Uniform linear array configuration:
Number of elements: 32
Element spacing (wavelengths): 1
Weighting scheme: exponential
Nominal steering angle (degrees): -45
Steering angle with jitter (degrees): -43.82
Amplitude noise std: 0.05
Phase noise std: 0.05

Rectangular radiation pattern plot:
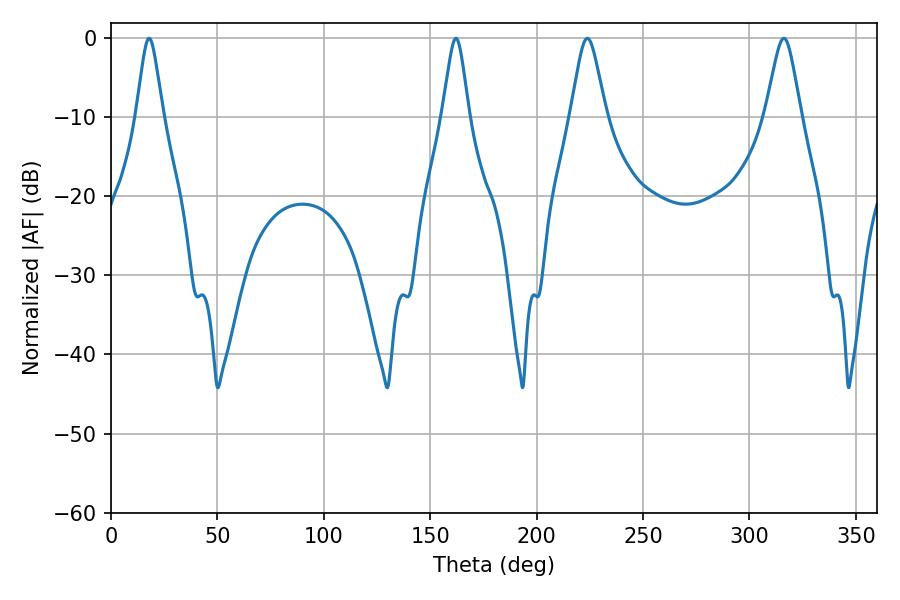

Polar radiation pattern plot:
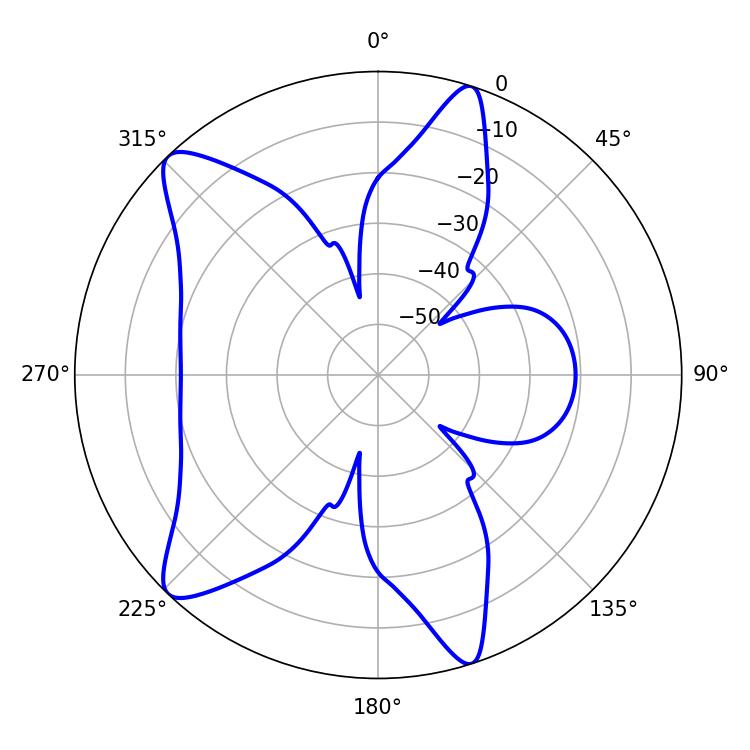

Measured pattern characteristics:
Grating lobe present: TRUE
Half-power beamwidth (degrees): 7.92
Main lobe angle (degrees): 223.74